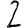
Digit: 2